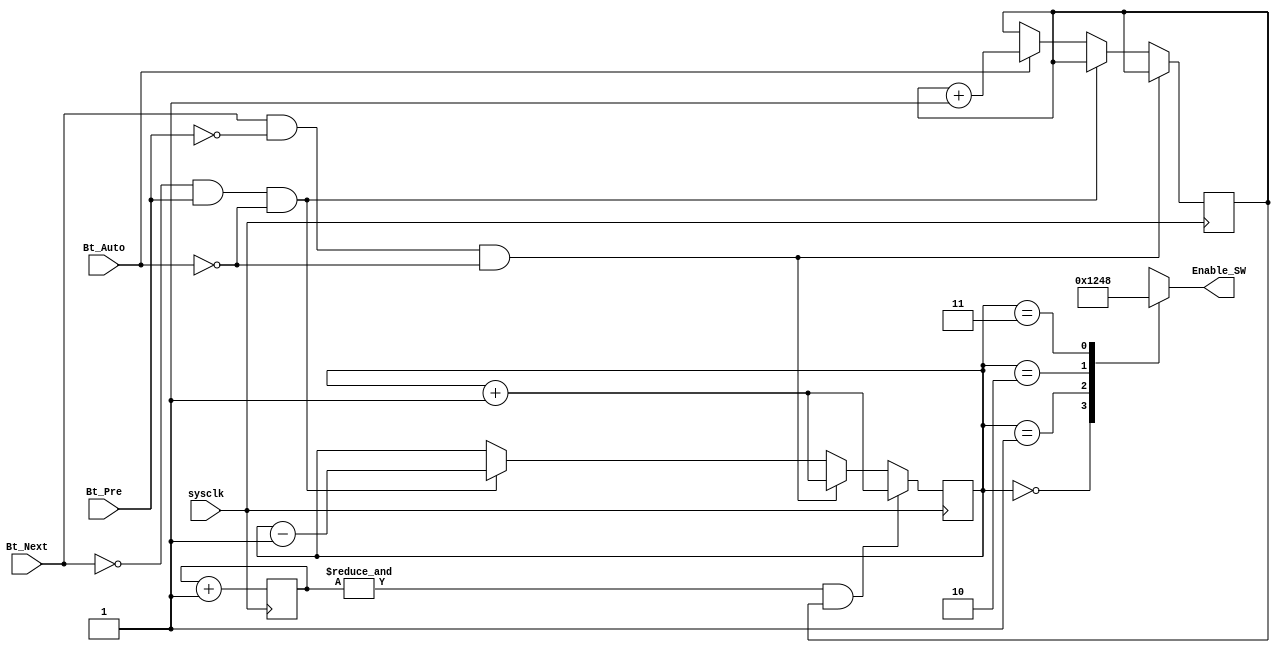
module Key_Proc(input wire sysclk,
input wire Bt_Next,
input wire Bt_Pre,
input wire Bt_Auto,
output reg [3:0] Enable_SW);

reg [1:0] Address = 0;
reg [27:0] count=0; // defining the time gap between two plot switching
reg Is_Auto = 1'b0;// The Boolean that shows the state of Auto play. 

always @(posedge sysclk) begin
	count<=count+1'b1;
	if (Bt_Next&~Bt_Pre&~Bt_Auto)
		Address <= Address + 1'b1;
	else if (~Bt_Next&Bt_Pre&~Bt_Auto)
		Address <= Address - 1'b1;
	else if (Bt_Auto)begin
		Is_Auto <= Is_Auto + 1'b1;// The Auto play button ON/OFF logic
	end	
	if ((&count) & Is_Auto)
	Address <= Address + 1'b1;	
end

always @ (*)  begin 
	case (Address)
	2'b00: Enable_SW = 4'b0001; //Show the 1st plot
	2'b01: Enable_SW = 4'b0010; //2nd
	2'b10: Enable_SW = 4'b0100; //3rd
	2'b11: Enable_SW = 4'b1000; //4th
	endcase
end

endmodule